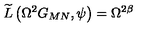
\widetilde { L } \left( \Omega ^ { 2 } G _ { M N } , \psi \right) = \Omega ^ { 2 \beta }